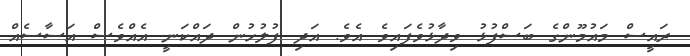
ރައީސް މައުމޫންގެ ބަސްފުޅު ވިދާޅުވެފައިވެ އެވެ. އަދި ފުލުހުން ދައްކަނީ އެއްވެސް އަސާސެއް